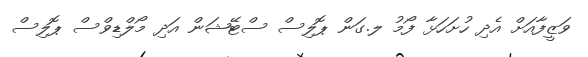
ވަޒީފާއަށް އެދި ހުށަހަޅާ ފޯމު ލ.ގަން ޕޮލިސް ސްޓޭޝަން އަދި މޯލްޑިވްސް ޕޮލިސް